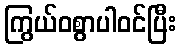
ကြွယ်ဝစွာပါဝင်ပြီး